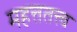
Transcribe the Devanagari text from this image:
महत्ततत्त्व